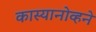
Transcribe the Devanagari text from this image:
कास्यानोव्हने